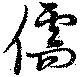
儒